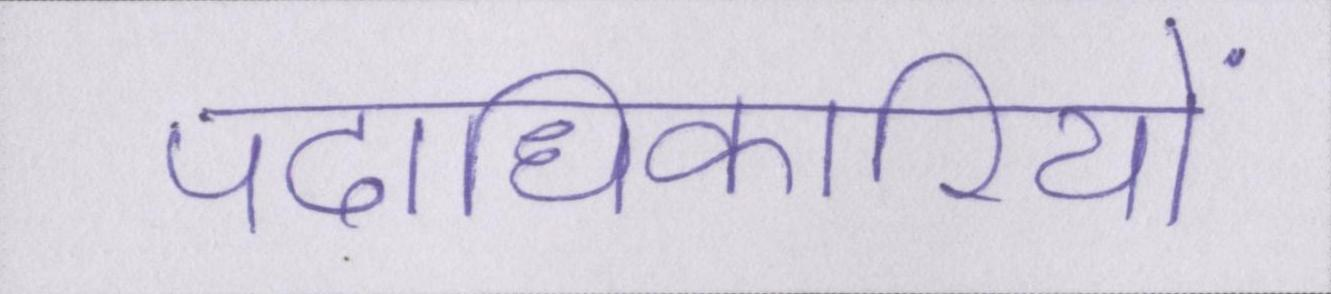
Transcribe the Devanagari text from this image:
पदाधिकारियों